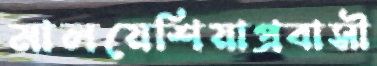
মালয়েশিয়াপ্রবাসী